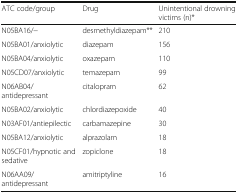
<table><thead><tr><td><b>ATC code/group</b></td><td><b>Drug</b></td><td><b>Unintentional drowning victims (n)*</b></td></tr></thead><tbody><tr><td>N05BA16/−</td><td>desmethyldiazepam**</td><td>210</td></tr><tr><td>N05BA01/anxiolytic</td><td>diazepam</td><td>156</td></tr><tr><td>N05BA04/anxiolytic</td><td>oxazepam</td><td>110</td></tr><tr><td>N05CD07/anxiolytic</td><td>temazepam</td><td>99</td></tr><tr><td>N06AB04/antidepressant</td><td>citalopram</td><td>62</td></tr><tr><td>N05BA02/anxiolytic</td><td>chlordiazepoxide</td><td>40</td></tr><tr><td>N03AF01/antiepilectic</td><td>carbamazepine</td><td>30</td></tr><tr><td>N05BA12/anxiolytic</td><td>alprazolam</td><td>18</td></tr><tr><td>N05CF01/hypnotic and sedative</td><td>zopiclone</td><td>18</td></tr><tr><td>N06AA09/antidepressant</td><td>amitriptyline</td><td>16</td></tr></tbody></table>